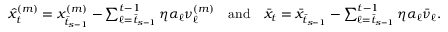
\begin{array} { r } { \hat { x } _ { t } ^ { ( m ) } = x _ { \bar { t } _ { s - 1 } } ^ { ( m ) } - \sum _ { \ell = \bar { t } _ { s - 1 } } ^ { t - 1 } \eta \alpha _ { \ell } \nu _ { \ell } ^ { ( m ) } \quad \mathrm { a n d } \quad \bar { x } _ { t } = \bar { x } _ { \bar { t } _ { s - 1 } } - \sum _ { \ell = \bar { t } _ { s - 1 } } ^ { t - 1 } \eta \alpha _ { \ell } \bar { \nu } _ { \ell } . } \end{array}